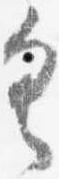
具